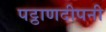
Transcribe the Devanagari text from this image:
पट्ठाणदीपनी